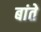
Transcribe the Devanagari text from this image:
बांते